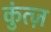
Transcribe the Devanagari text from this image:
कुंत्ज़